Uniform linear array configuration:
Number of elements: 4
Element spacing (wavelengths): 0.25
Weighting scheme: blackman
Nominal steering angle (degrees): -60
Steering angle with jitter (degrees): -60.47
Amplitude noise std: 0.05
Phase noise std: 0.05

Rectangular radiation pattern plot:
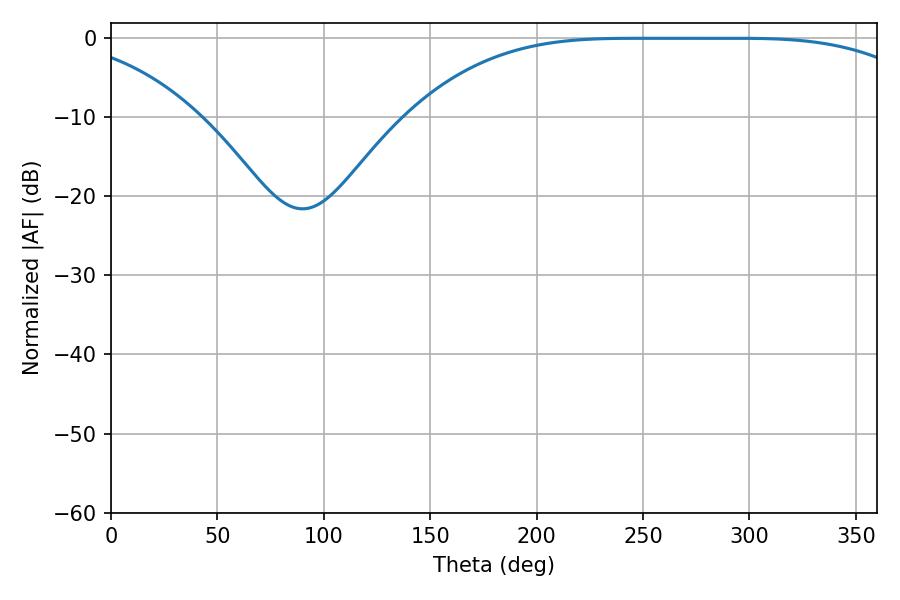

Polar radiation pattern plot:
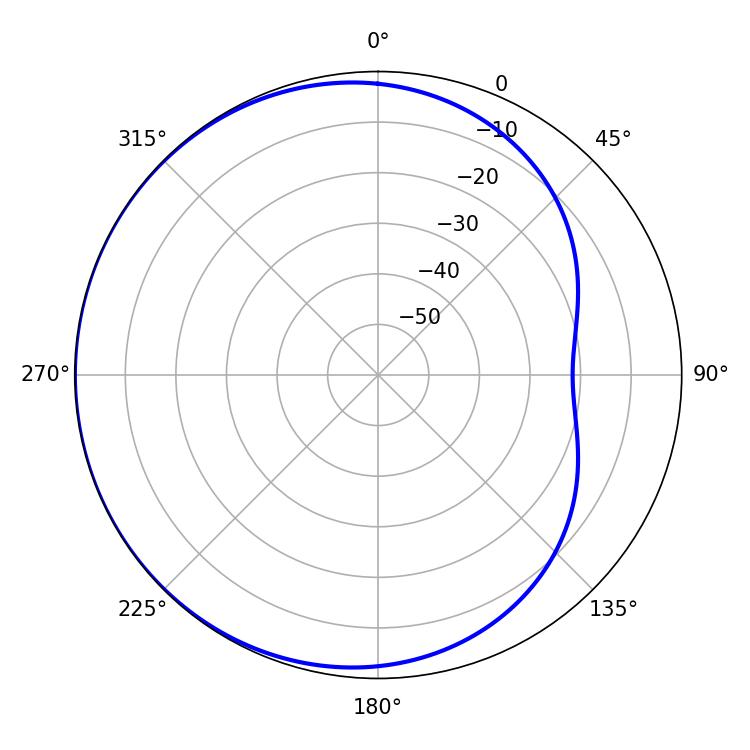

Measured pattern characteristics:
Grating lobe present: FALSE
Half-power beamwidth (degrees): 185.22
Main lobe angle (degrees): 245.52